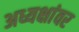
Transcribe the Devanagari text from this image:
अध्यक्षांवर